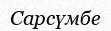
Сарсүмбе